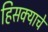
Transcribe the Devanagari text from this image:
हिसक्याचे